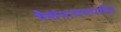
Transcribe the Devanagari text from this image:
वैशंपायनपर्यंत